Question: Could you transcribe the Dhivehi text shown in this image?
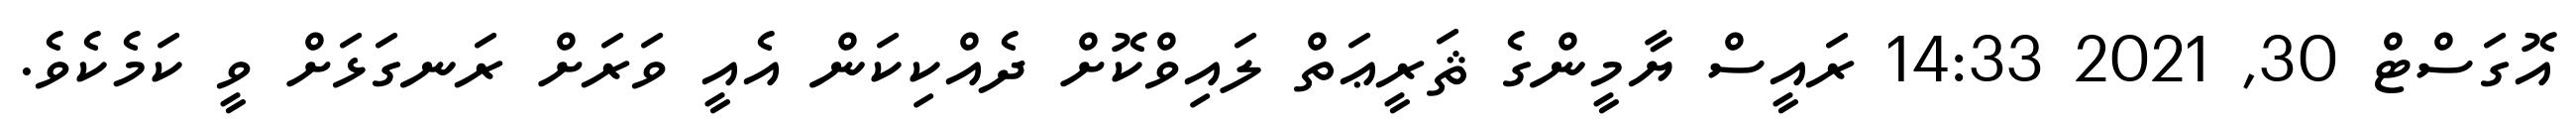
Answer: އޮގަސްޓް 30, 2021 14:33 ރައީސް ޔާމީންގެ ޘަރީޢަތް ލައިވްކޮށް ދެއްކިކަން އެއީ ވަރަށް ރަނގަޅަށް ވީ ކަމެކެވެ.